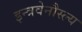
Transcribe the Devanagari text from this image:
इन्त्रवेनौस्ल्य